Lunatic asylums Punjab 1881-1894 - 1881-1894
Year: 1881
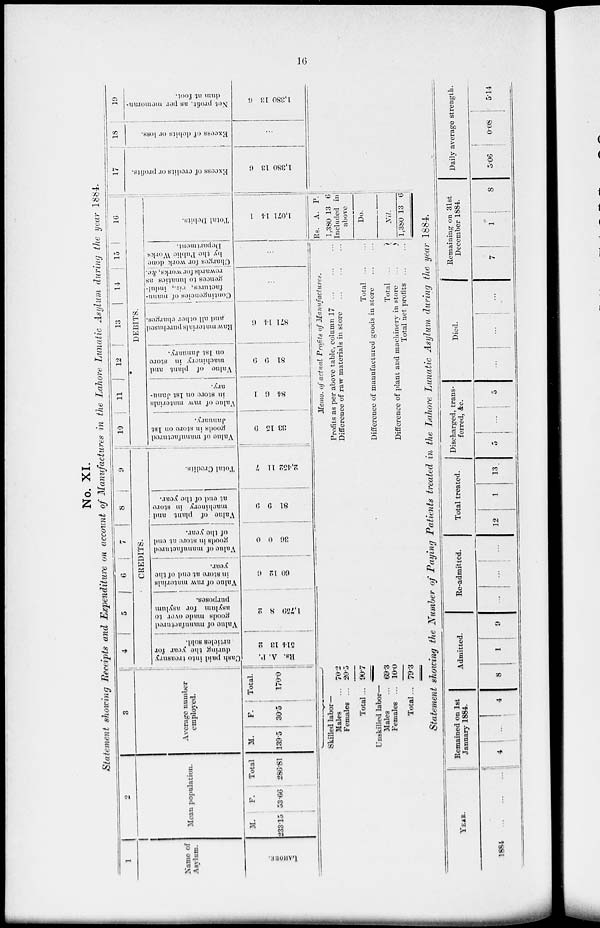
16
No. XI.
Statement showing Receipts and Expenditure on account of Manufactures in the Lahore Lunatic Asylum during the year 1884.
1
Name of
Asylum.
LAHORE.
2
Mean population.
M.
233.15
F.
53.66
Total
286.81
3
Average number
employed.
M.
139.5
F.
30.5
Total.
170.0
4
5
6
7
8
9
CREDITS.
Cash paid into treasury
during the year for
articles sold.
P.
A.
Rs.
2
13
514
Value
of manufactured
goods made over to
asylum for asylum
purposes.
2
8
1,750
Value
of raw materials
in store at end of the
year.
6
12
60
Value
of manufactured
goods in store at end
of the year.
0
0
36
Value of plant and
machinery
in store
at end of the year.
9
9
81
Total Credits.
7
11
2,452
10
11
12
13
14
15
16
DEBITS.
Value of manufactured
goods in store on 1st
January.
9
15
33
Value
of raw materials
in store on 1st Janu-
ary.
1
6
84
Value of plant and
machinery in store
on 1st January.
9
9
81
Raw
materials purchased
and all other charges.
6
14
871
Contingencies of manu-
factures, viz., indul-
gences to lunatics as
rewards
for works, &c.
...
Charges for work done
by the Public Works
Department.
...
Total Debits.
1
14
1,071
17
Excess of credits or profits.
6
13
1,380
18
Excess of debits or loss.
...
19
Net profit, as per memoran-
dum at foot.
6
13
1,380
Skilled labor-
Males ...
Females ...
Total ...
Unskilled labor—
Males ...
Females ...
Total...
70.2
20.5
90.7
69.3
10.0
79.3
Memo. of actual Profits of Manufactures.
Profits as per above table, column 17 ... ... ...
Difference of raw materials in store
...
...
...
Total ... ...
Difference of manufactured goods in store ... ...
Total ...
Difference of plant and machinery in store
...
Total net profits ... ...
Rs.
1,380
A.
13
P.
6
Included in
above
Do.
Nil.
1,380 13 6
Statement showing the Number of Paying Patients treated in the Lahore Lunatic Asylum during the year 1884.
YEAR.
1884
...
...
...
Remained on 1st
January 1884.
4
... 4
Admitted.
8
1
9
Re-admitted.
... ...
...
Total treated.
12
1
13
Discharged, trans-
ferred, &c.
5
...
5
Died.
...
...
...
Remaining on 31st
December 1884.
7
1
8
Daily average strength.
5.06
0.08
514